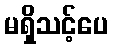
မရှိသင့်ပေ